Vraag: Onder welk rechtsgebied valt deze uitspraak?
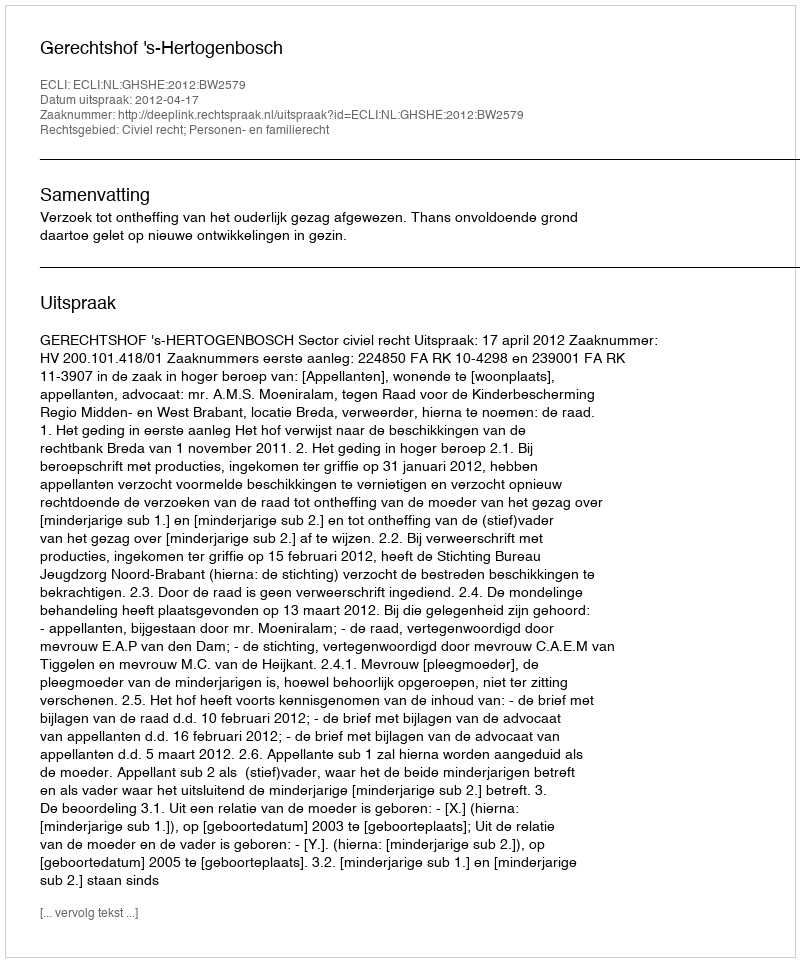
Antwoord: Civiel recht; Personen- en familierecht